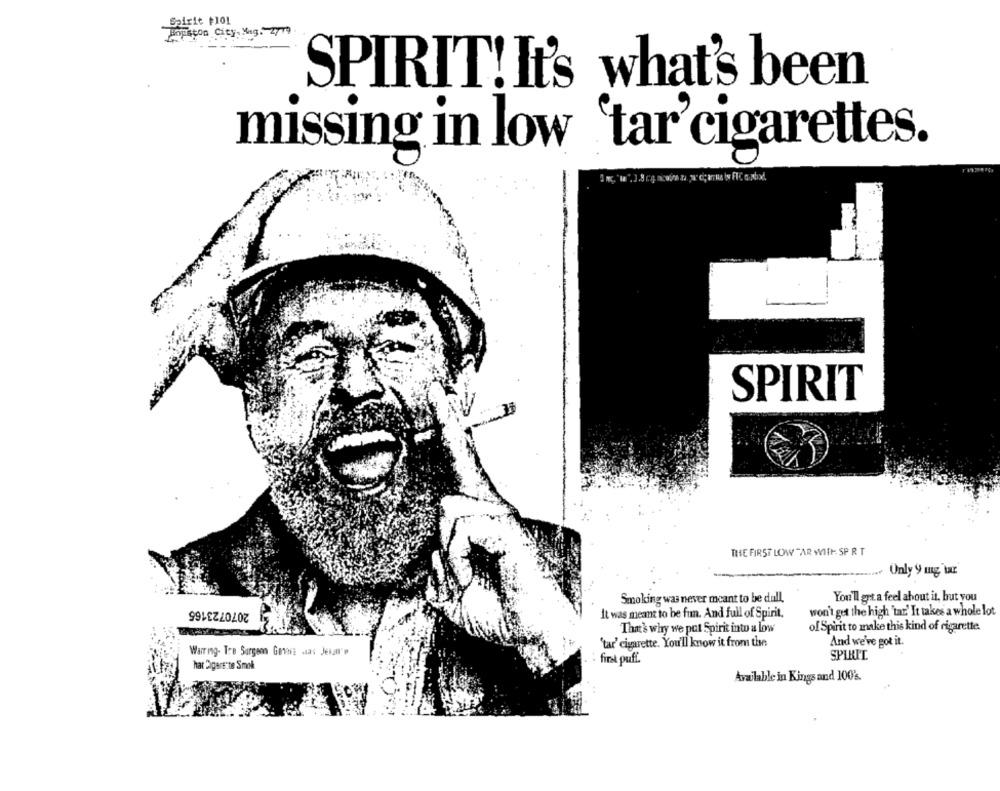
Spirit #101
Hopston City, Mug. 2779
SPIRIT! It's what's been
missing in low 'tar'cigarettes.
SPIRIT
THE FIRST LOW "AR WITH SP R T
Only 9 mg 'tar
Smoking was never meant to be dull.
You'll get. a feel about it, but you
2070723165
It was meant to be fun. And full of Spirit,
won't get the high 'tar' It takes a whole lot
That's why we pot Spirit into a low
of Spirit to make this kind of rigarette.
And we've got it.
'tar' cigarette. You'll know it from the
Warring- Tre Surgem Genere was Jetam p
SPIRIT
hat Cigars ne Smok
first puff.
Available in Kings and 100%.